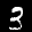
Label: 3